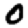
Digit: 0